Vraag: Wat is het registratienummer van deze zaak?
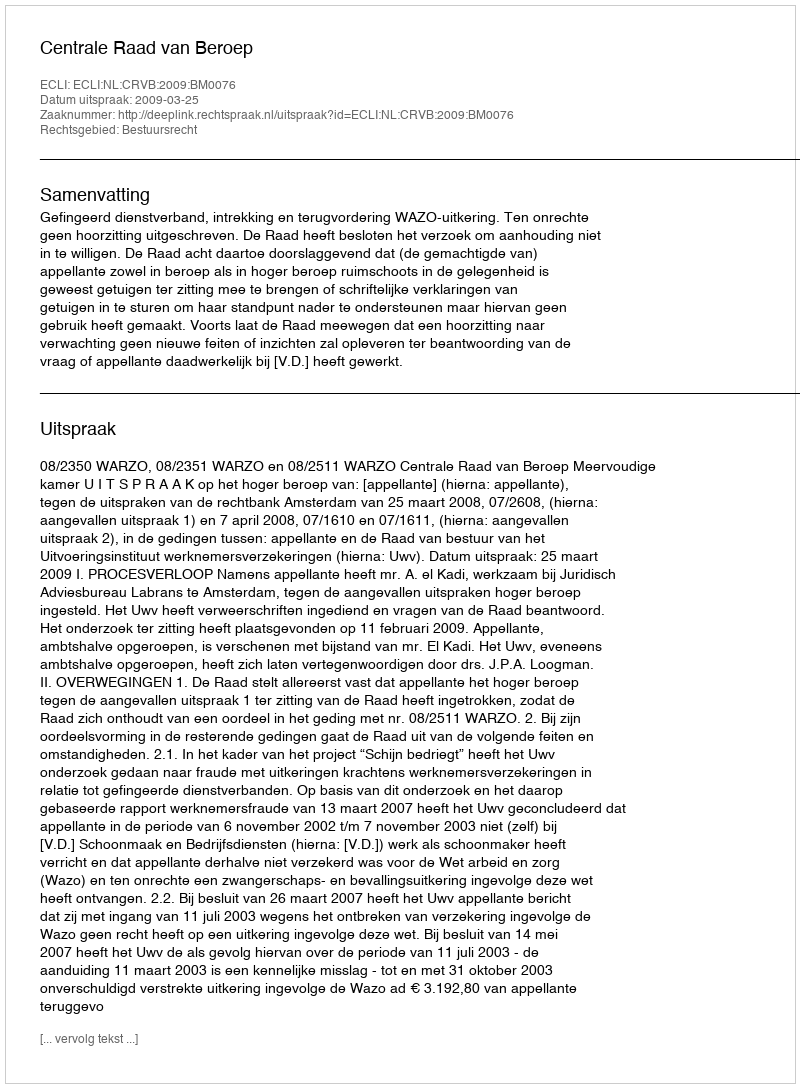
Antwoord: http://deeplink.rechtspraak.nl/uitspraak?id=ECLI:NL:CRVB:2009:BM0076